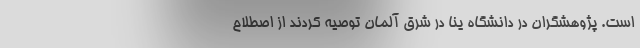
است. پژوهشگران در دانشگاه یِنا در شرق آلمان توصیه کردند از اصطلاح